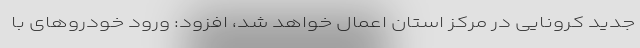
جدید کرونایی در مرکز استان اعمال خواهد شد، افزود: ورود خودروهای با